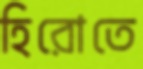
হিরোতে